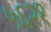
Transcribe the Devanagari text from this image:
५६२१